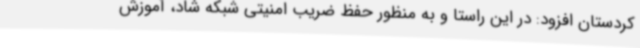
کردستان افزود: در این راستا و به منظور حفظ ضریب امنیتی شبکه شاد، آموزش